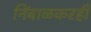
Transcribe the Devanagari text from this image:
निंबाळकरही